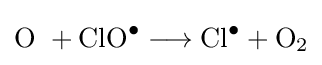
{\mathrm {O} ~{}+{}\mathrm {ClO} {\vphantom {A}}^{\bullet }{}\mathrel {\longrightarrow } {}\mathrm {Cl} {\vphantom {A}}^{\bullet }{}+{}\mathrm {O} {\vphantom {A}}_{\smash[{t}]{2}}}